65_HS1-834228961_62-HQ-83894_Section_10
Agency: FBI
Page 135
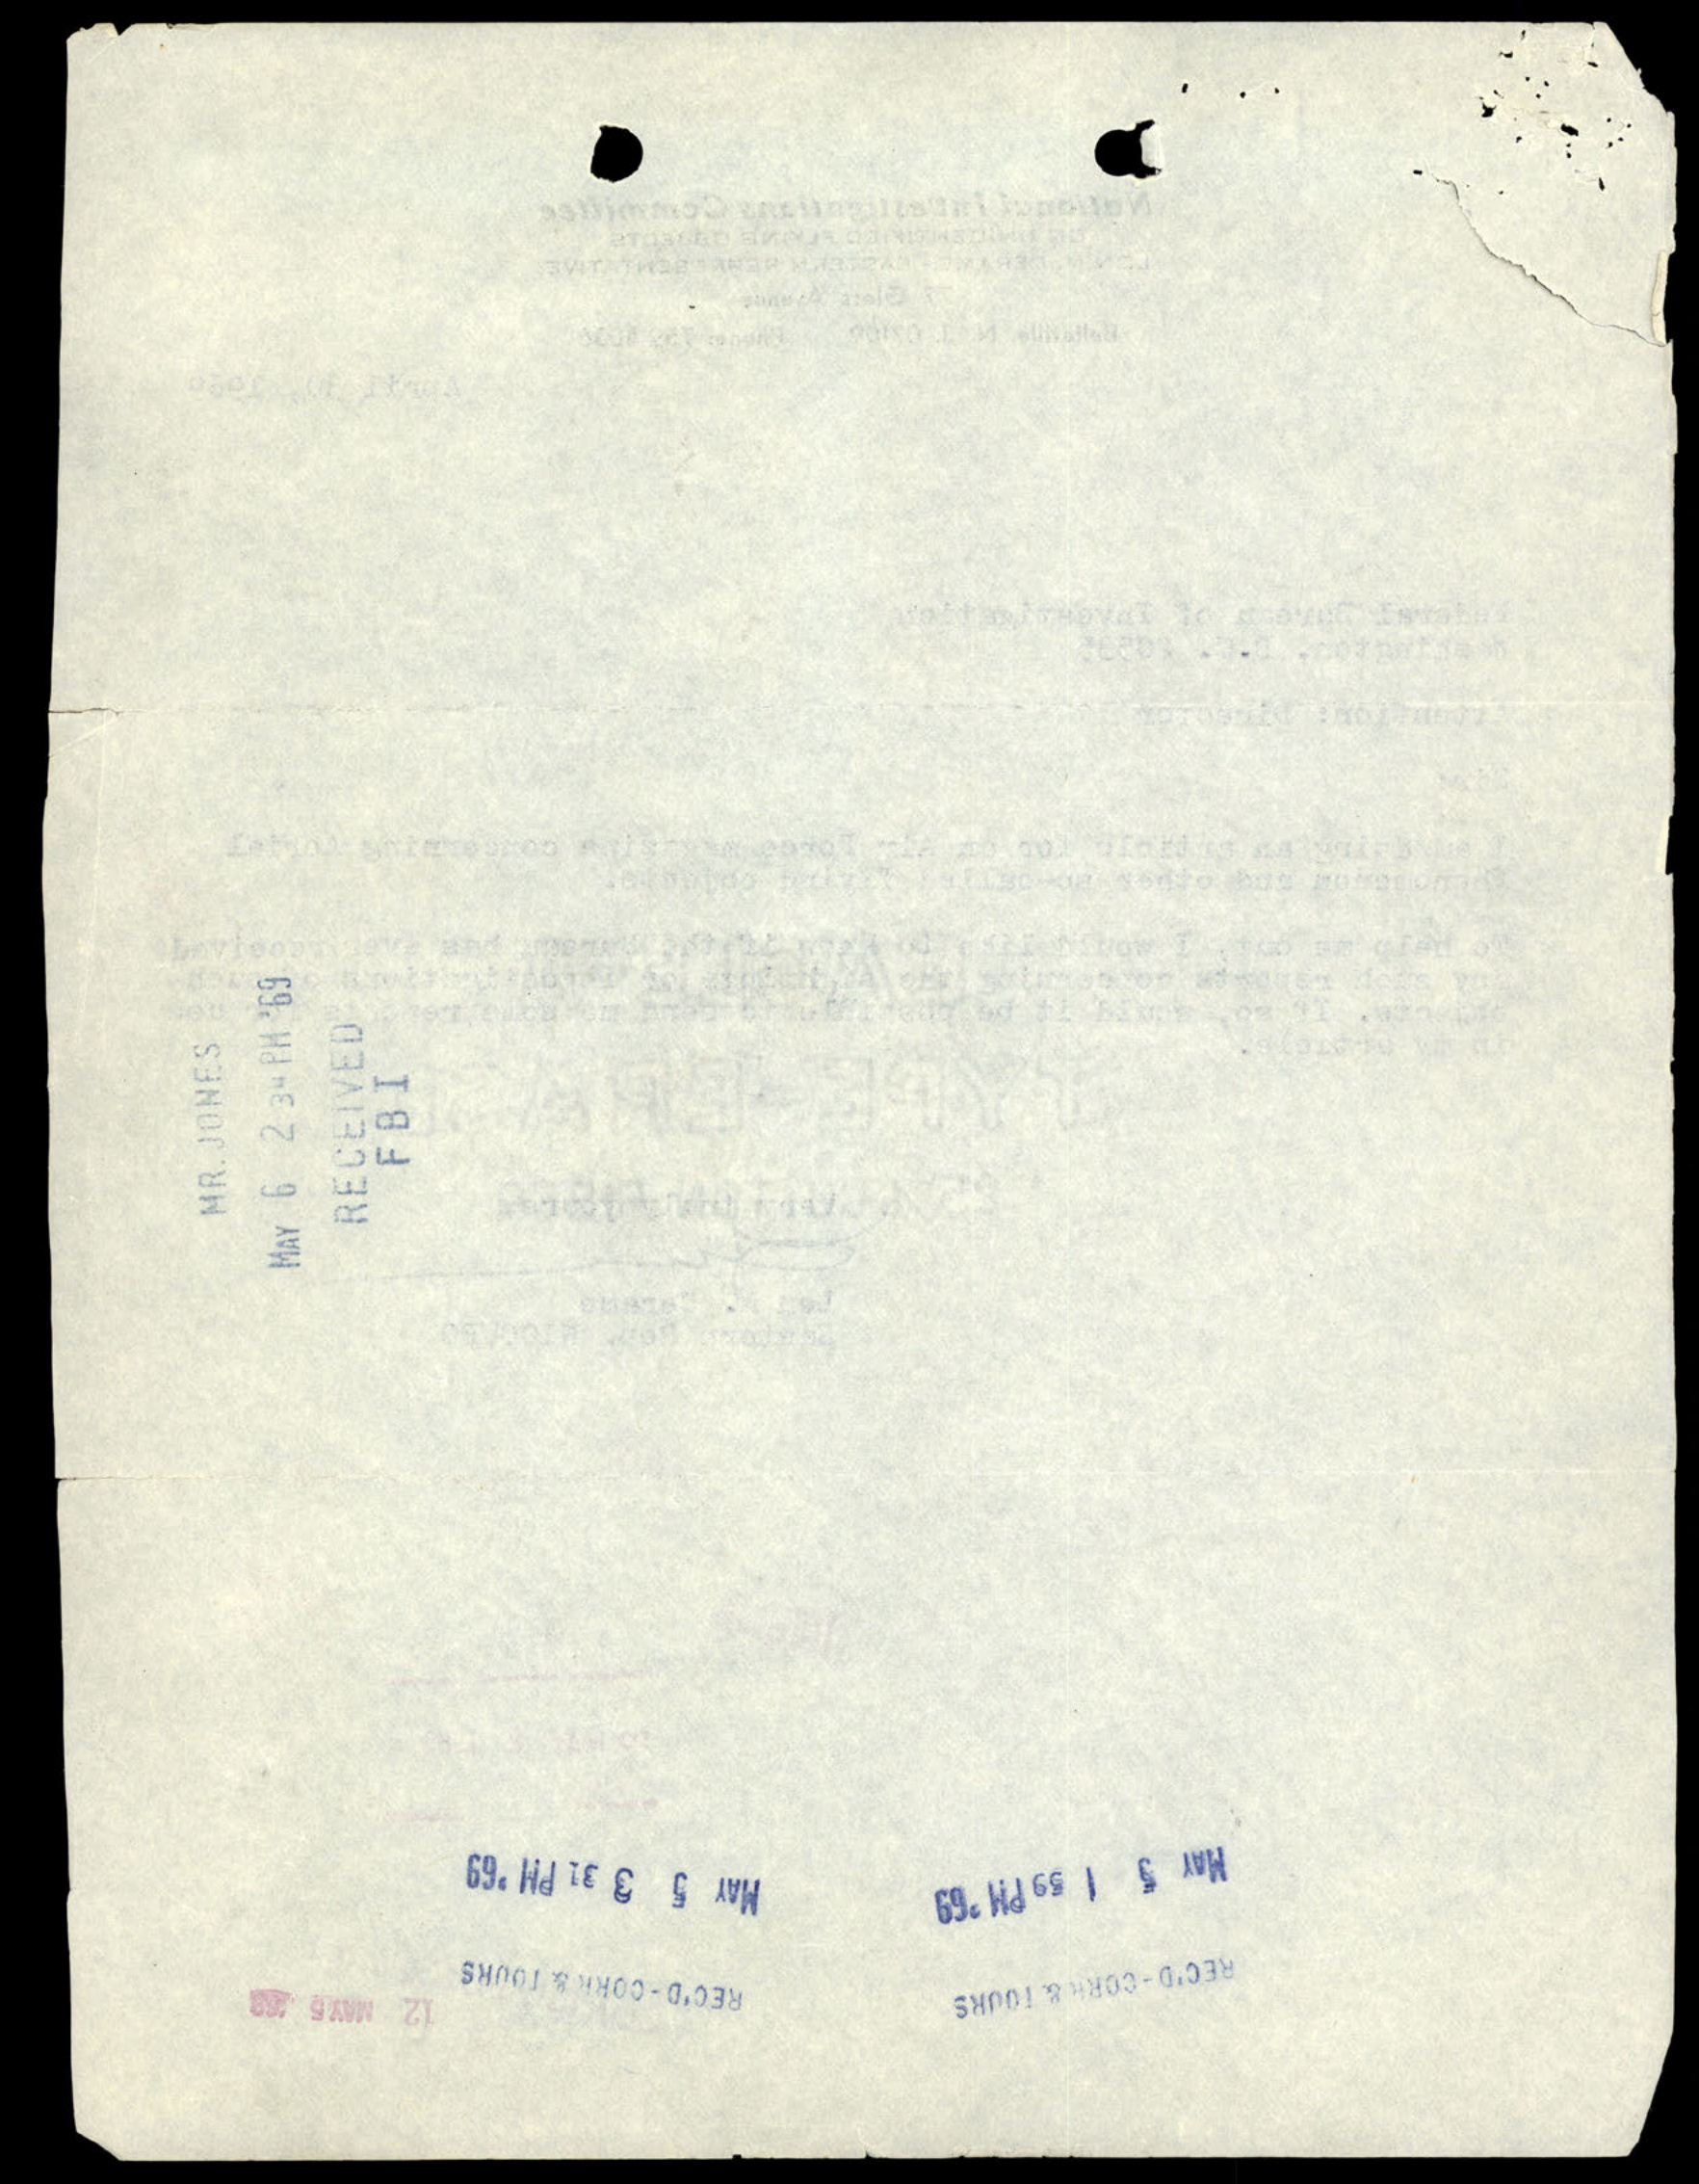